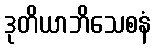
ဒုတိယာဘိသေစနံ